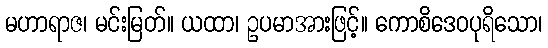
မဟာရာဇ၊ မင်းမြတ်။ ယထာ၊ ဥပမာအားဖြင့်။ ကောစိဒေဝပုရိသော၊